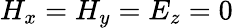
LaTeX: H_{x}=H_{y}=E_{z}=0